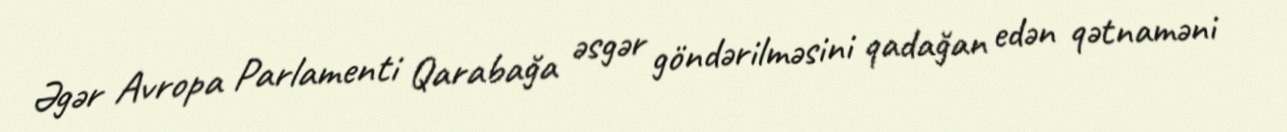
Əgər Avropa Parlamenti Qarabağa əsgər göndərilməsini qadağan edən qətnaməni